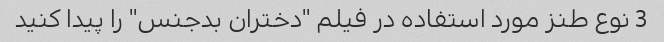
3 نوع طنز مورد استفاده در فیلم "دختران بدجنس" را پیدا کنید